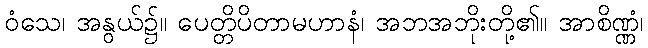
ဝံသေ၊ အနွယ်၌။ ပေတ္တိပိတာမဟာနံ၊ အဘအဘိုးတို့၏။ အာစိဏ္ဏံ၊